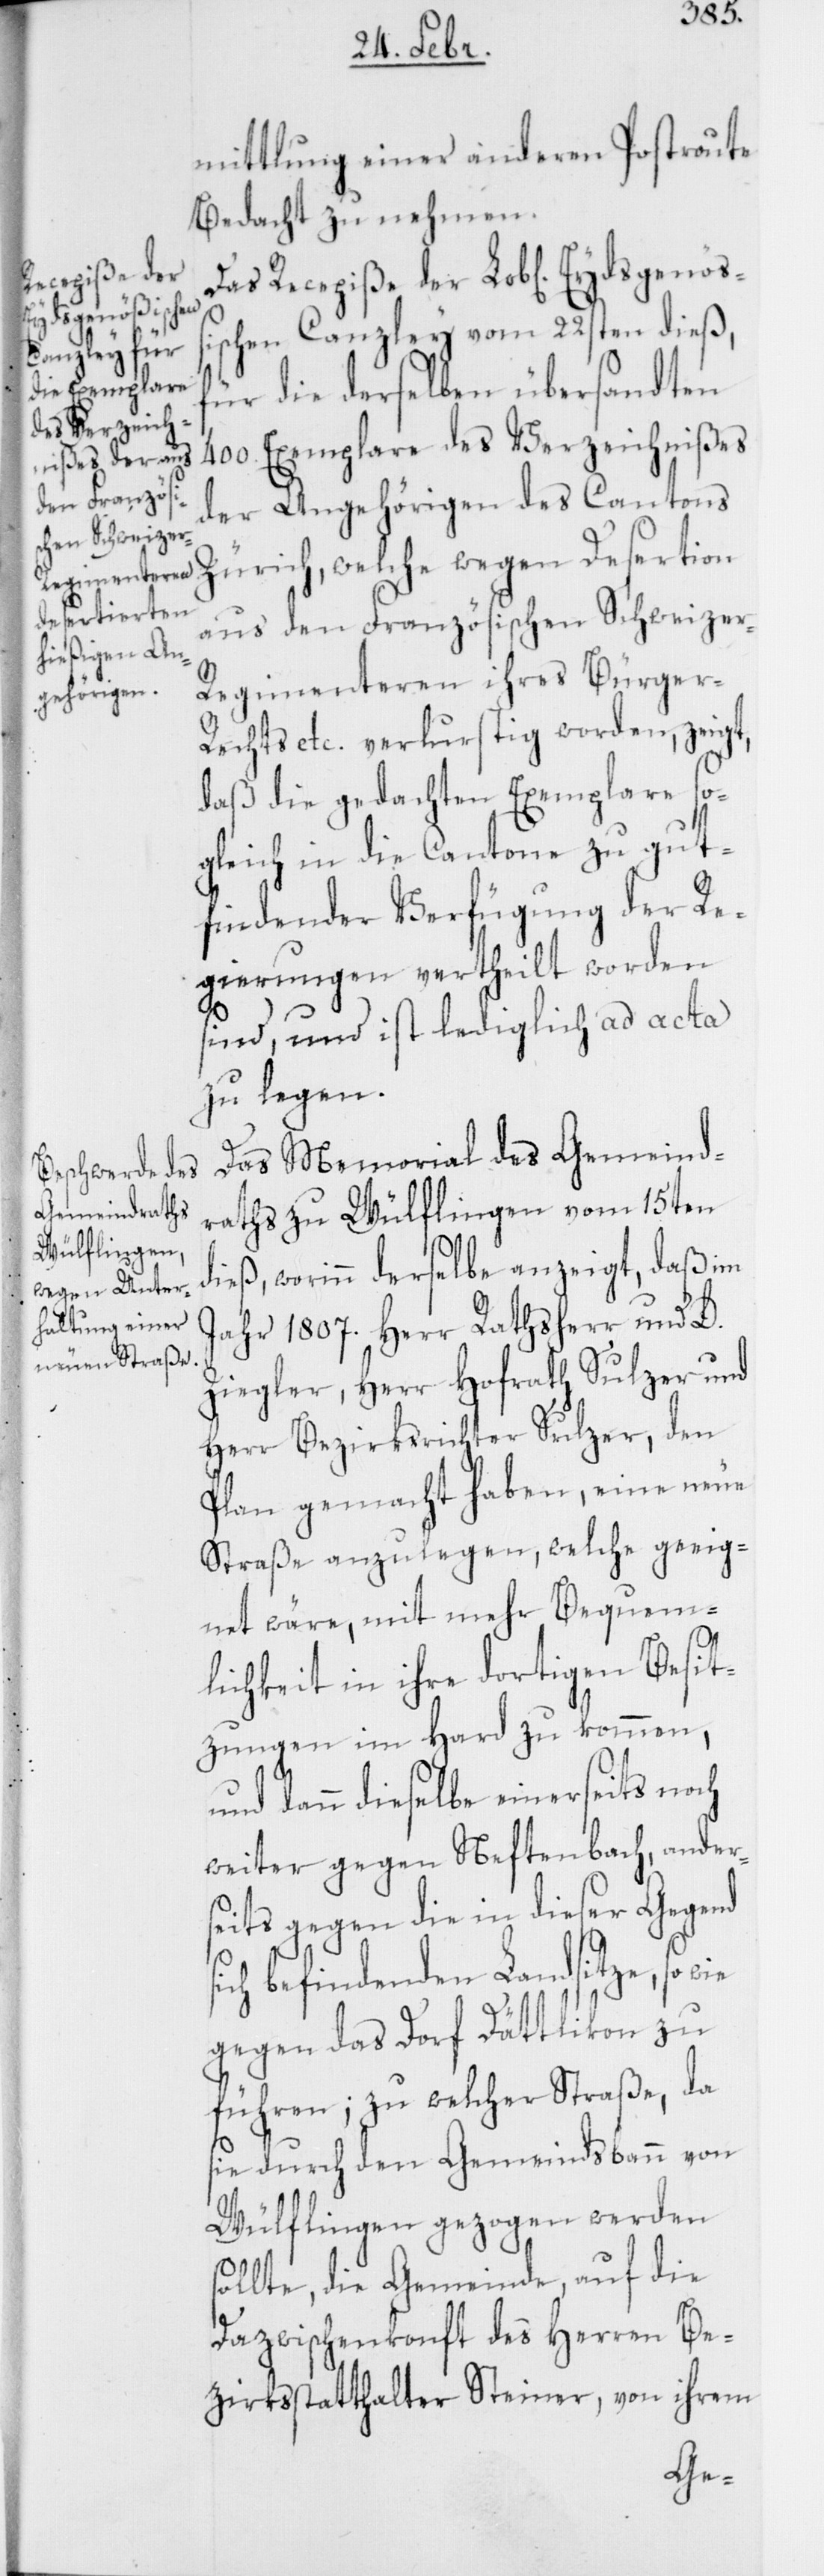
mittlung einer anderen Postroute
Bedacht zu nehmen.
Recepiße der
Eydsgenößi¬
schen Canzley vom 22sten dieß,
für die derselben übersandten
400. Exemplare des Verzeichnißes
der Angehörigen des Canto¬
ns Zürich, welche wegen Desertion
aus den Französischen Schweizer
Regimenteren ihres Bürger-R¬
echts etc. verlurstig worden, zeigt,
daß die gedachten Exemplare so¬
gleich in die Cantone zu gut¬
findender Verfügung der Re¬
gierungen vertheilt worden
sind, und ist lediglich ad acta
zu legen.
Das Memorial des Gemeind¬
raths zu Wülflingen vom 15ten
dieß, worinn derselbe anzeigt, daß im
Jahr 1807. Herr Ratsherr und D.
Ziegler, Herr Hofrath Sulzer und
Herr Bezirksrichter Sulzer, den
Plan gemacht haben, eine neue
Straße anzulegen, welche geeig¬
net wäre, mit mehr Bequem¬
lichkeit in ihre dortigen Besit¬
zungen im Hard zu kommen,
und dann dieselbe einerseits noch
weiter gegen Neftenbach, ander¬
seits gegen die in dieser Gegend
befindenden Landsitze, so
gegen das Dorf Dättlikon zu
führen; zu welcher Straße, da
sie durch den Gemeindsbann von
Wülflingen gezogen werden
sollte, die Gemeinde, auf die
Dazwischenkonft des Herren Be¬
zirksstatthalter Steiner, von ihrem